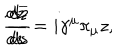
LaTeX: \frac { d z } { d s } = i \gamma ^ { \mu } \pi _ { \mu } z , \hspace { 1 . 0 i n } \frac { d \overline { { { z } } } } { d s }